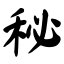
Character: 秘